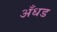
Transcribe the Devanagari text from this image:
अँधड